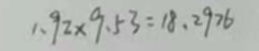
1 . 9 2 \times 9 . 5 3 = 1 8 . 2 9 7 6